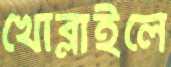
খোব্‌লাইলে